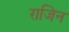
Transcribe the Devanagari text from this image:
राजिन